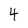
Character: 4